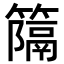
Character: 𥴩